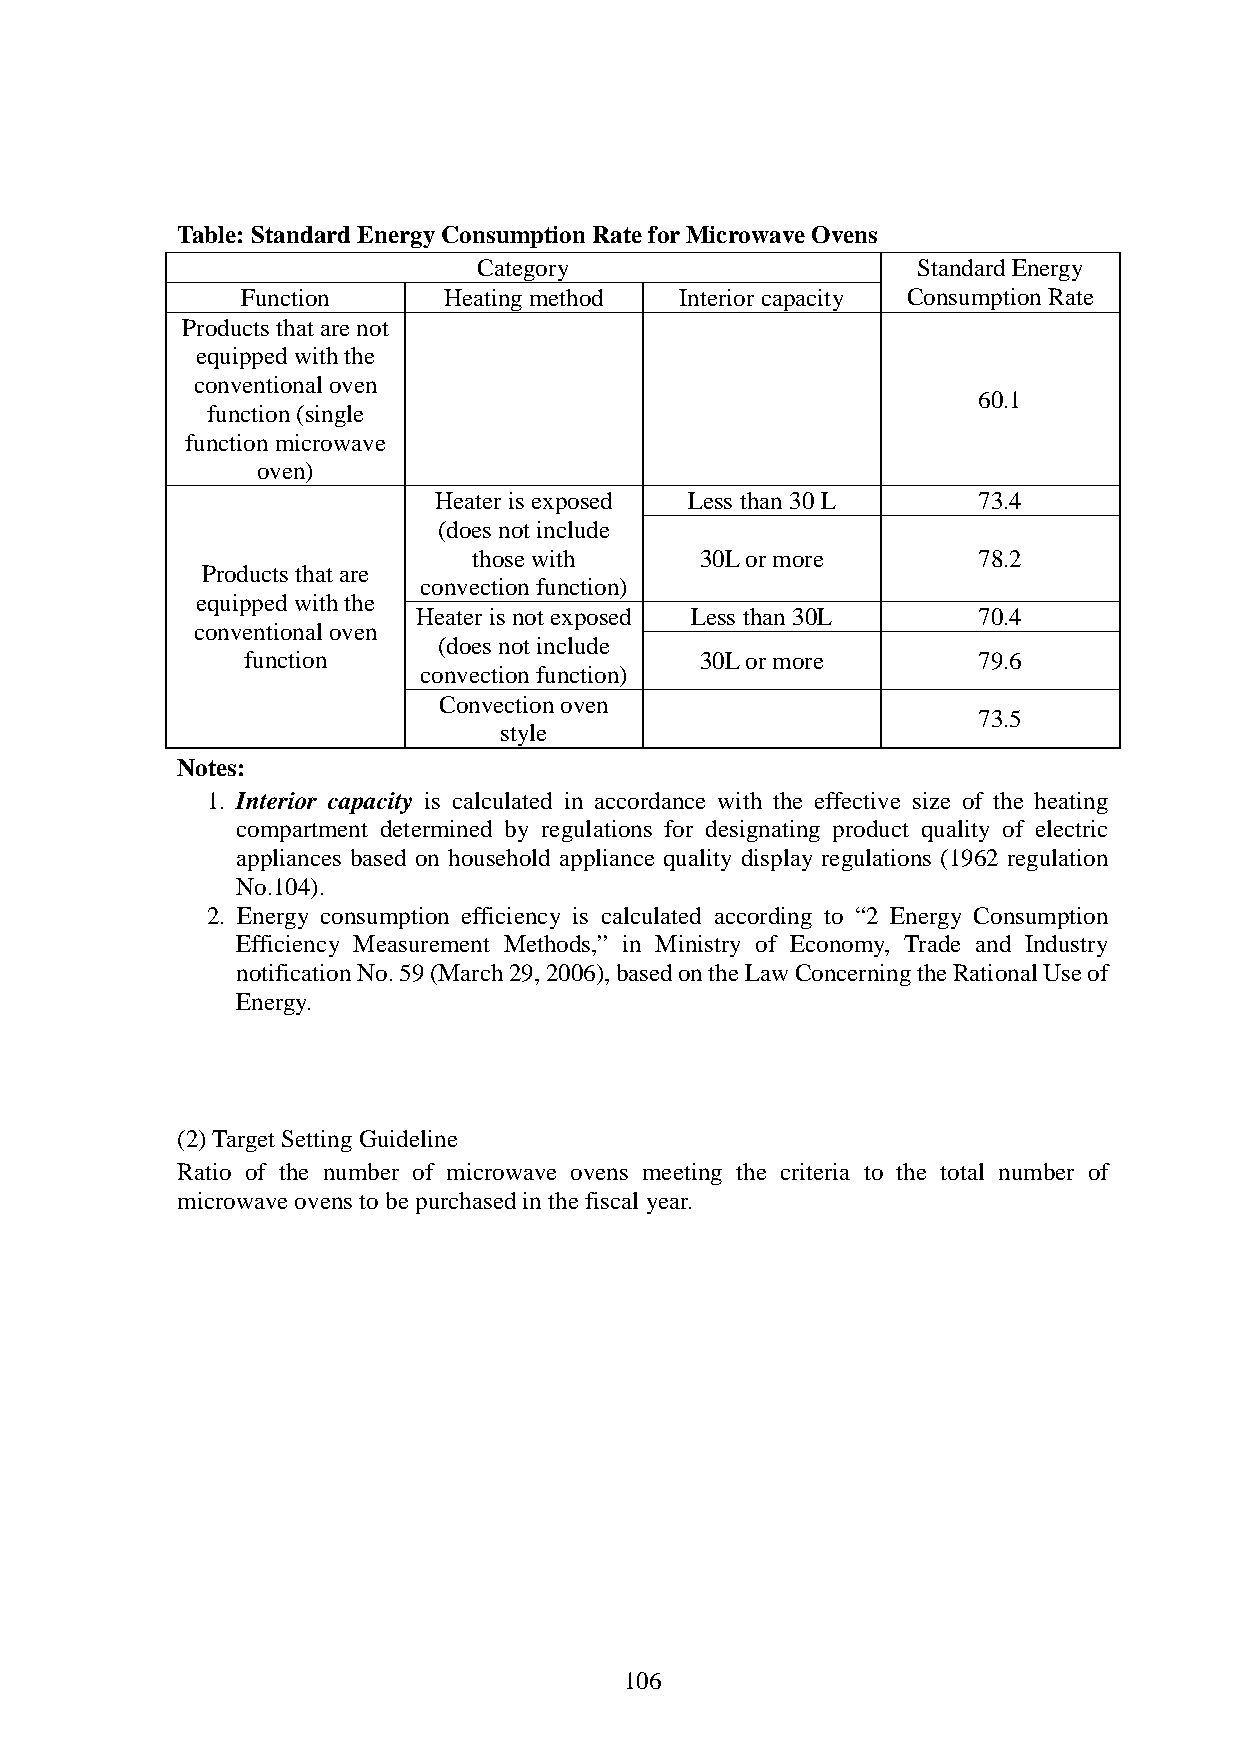
Table: Standard Energy Consumption Rate for Microwave Ovens
 Category                     Standard Energy
 Function     Heating method  Interior capacity Consumption Rate
 Products that are not
 equipped with the
 conventional oven
 60.1
 function (single
 function microwave
 oven)
 Heater is exposed Less than 30 L    73.4
 (does not include
 those with     30L or more        78.2
 Products that are
 convection function)
 equipped with the
 Heater is not exposed Less than 30L  70.4
 conventional oven
 (does not include
 function                      30L or more        79.6
 convection function)
 Convection oven
 73.5
 style
 Notes:
 1. Interior capacity is calculated in accordance with the effective size of the heating
 compartment determined by regulations for designating product quality of electric
 appliances based on household appliance quality display regulations (1962 regulation
 No.104).
 2. Energy consumption efficiency is calculated according to “2 Energy Consumption
 Efficiency Measurement Methods,” in Ministry of Economy, Trade and Industry
 notification No. 59 (March 29, 2006), based on the Law Concerning the Rational Use of
 Energy.
 (2) Target Setting Guideline
 Ratio of the number of microwave ovens meeting the criteria to the total number of
 microwave ovens to be purchased in the fiscal year.
 106